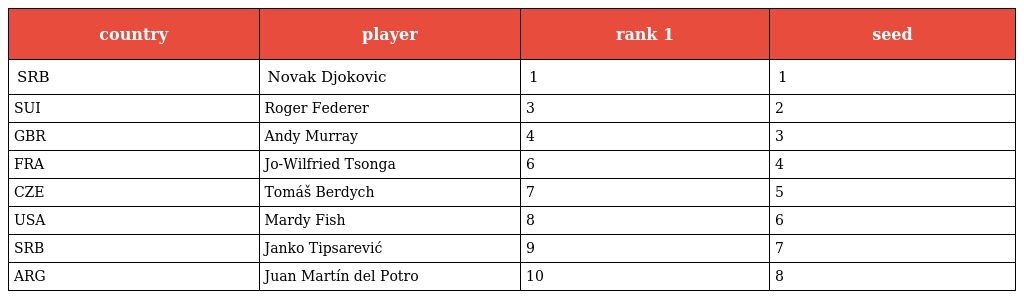
| country | player | rank 1 | seed |
 | --- | --- | --- | --- |
 | SRB | Novak Djokovic | 1 | 1 |
 | SUI | Roger Federer | 3 | 2 |
 | GBR | Andy Murray | 4 | 3 |
 | FRA | Jo-Wilfried Tsonga | 6 | 4 |
 | CZE | Tomáš Berdych | 7 | 5 |
 | USA | Mardy Fish | 8 | 6 |
 | SRB | Janko Tipsarević | 9 | 7 |
 | ARG | Juan Martín del Potro | 10 | 8 |